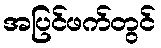
အပြင်ဖက်တွင်